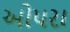
ઓપરા